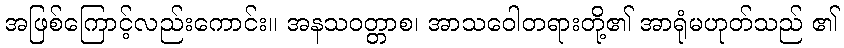
အဖြစ်ကြောင့်လည်းကောင်း။ အနသဝတ္တာစ၊ အာသဝေါတရားတို့၏ အာရုံမဟုတ်သည် ၏